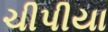
ચીપીયા